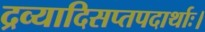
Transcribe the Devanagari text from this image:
द्रव्यादिसप्तपदार्थाः।